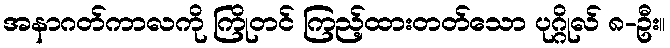
အနာဂတ်ကာလကို ကြိုတင် ကြည့်ထားတတ်သော ပုဂ္ဂိုလ် ၈-ဦး။